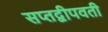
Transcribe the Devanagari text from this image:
सप्तद्वीपवती